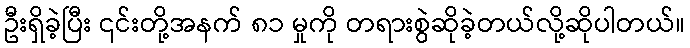
ဦးရှိခဲ့ပြီး ၎င်းတို့အနက် ၈၁ မှုကို တရားစွဲဆိုခဲ့တယ်လို့ဆိုပါတယ်။